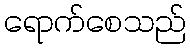
ရောက်စေသည်